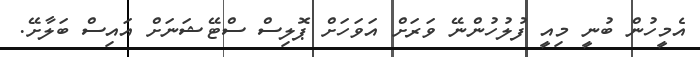
އެމީހުން ބުނީ މިއީ ފުލުހުންނޭ ވަރަށް އަވަހަށް ޕޮލިސް ސްޓޭޝަނަށް އައިސް ބަލާށޭ.